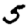
Digit: 5